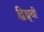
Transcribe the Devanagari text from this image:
द्विध्रृवी